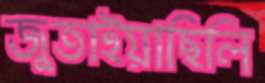
জুতাইয়াছিলি